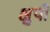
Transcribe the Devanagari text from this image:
क्षुपी